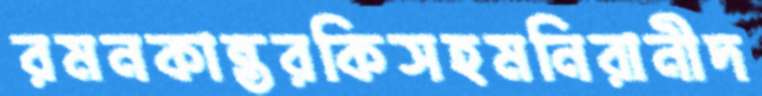
রমনকান্তরকিসহমনিরানীদ